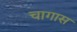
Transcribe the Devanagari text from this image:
चागास